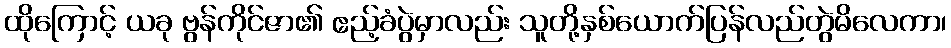
ထိုကြောင့် ယခု ဗွန်ကိုင်ဇာ၏ ဧည့်ခံပွဲမှာလည်း သူတို့နှစ်ယောက်ပြန်လည်တွဲမိလေကာ၊